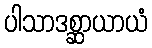
ပါသာဒစ္ဆာယာယံ